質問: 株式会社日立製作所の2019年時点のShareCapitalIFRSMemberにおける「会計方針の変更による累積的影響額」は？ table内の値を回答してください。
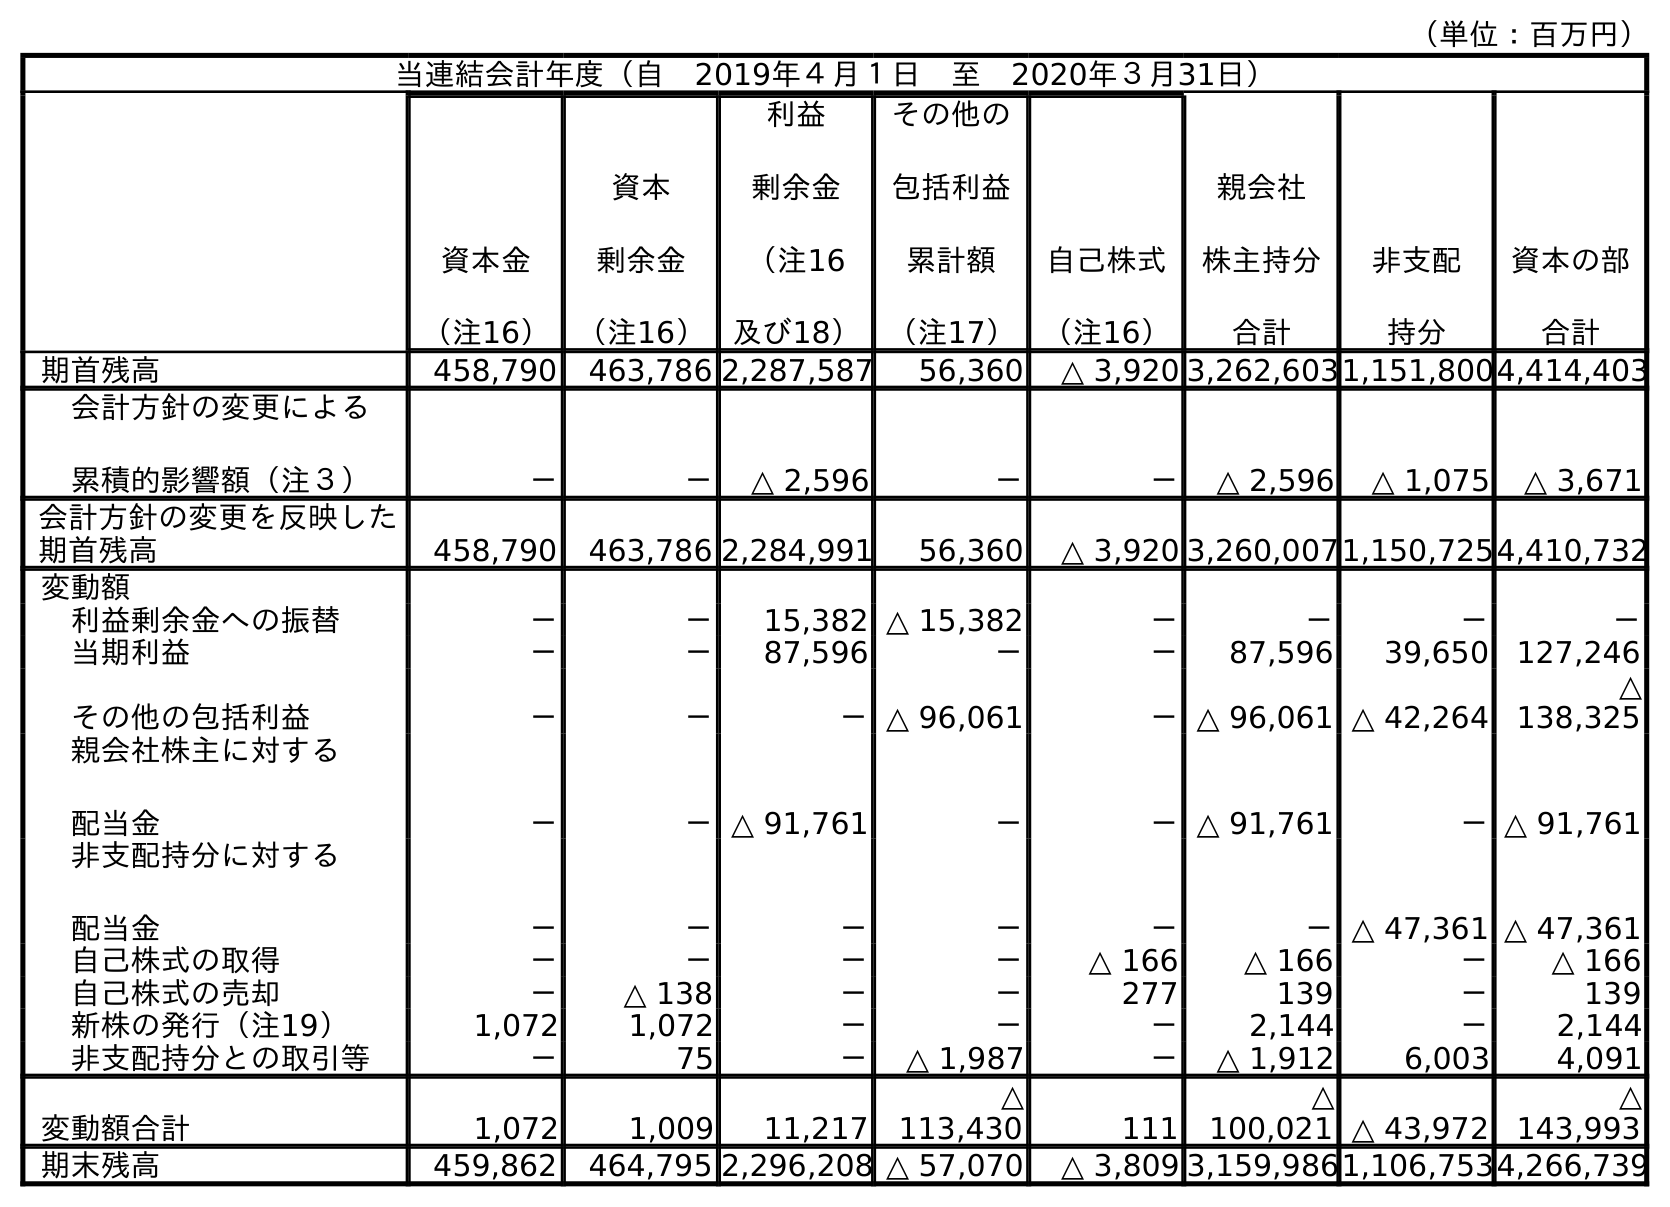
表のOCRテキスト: （単位：百万円） 当連結会計年度（自 2019年４月１日 至 2020年３月31日） 資本金 （注16） 資本 剰余金 （注16） 利益 剰余金 （注16 及び18） その他の 包括利益 累計額 （注17） 自己株式 （注16） 親会社 株主持分 合計 非支配 持分 資本の部 合計 期首残高 458,790 463,786 2,287,587 56,360 △ 3,920 3,262,6031,151,8004,414,403 会計方針の変更による 累積的影響額（注３） － － △ 2,596 － － △ 2,596 △ 1,075 △ 3,671 会計方針の変更を反映した 期首残高 458,790 463,786 2,284,991 56,360 △ 3,920 3,260,0071,150,7254,410,732 変動額 利益剰余金への振替 － － 15,382 △ 15,382 － － － － 当期利益 － － 87,596 － － 87,596 39,650 127,246 その他の包括利益 － － －△ 96,061 －△ 96,061 △ 42,264 △ 138,325 親会社株主に対する 配当金 － －△ 91,761 － －△ 91,761 －△ 91,761 非支配持分に対する 配当金 － － － － － －△ 47,361 △ 47,361 自己株式の取得 － － － － △ 166 △ 166 － △ 166 自己株式の売却 － △ 138 － － 277 139 － 139 新株の発行（注19） 1,072 1,072 － － － 2,144 － 2,144 非支配持分との取引等 － 75 － △ 1,987 － △ 1,912 6,003 4,091 変動額合計 1,072 1,009 11,217 △ 113,430 111 △ 100,021 △ 43,972 △ 143,993 期末残高 459,862 464,795 2,296,208 △ 57,070 △ 3,809 3,159,9861,106,7534,266,739
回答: －